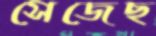
সেজেছ